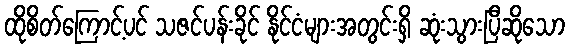
ထိုစိတ်ကြောင့်ပင် သဇင်ပန်းခိုင် နိုင်ငံများအတွင်းရှိ ဆုံးသွားပြီဆိုသော